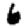
Digit: 6